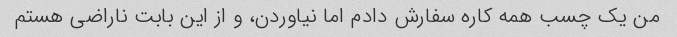
من یک چسب همه کاره سفارش دادم اما نیاوردن، و از این بابت ناراضی هستم